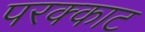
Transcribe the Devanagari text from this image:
परक्काट